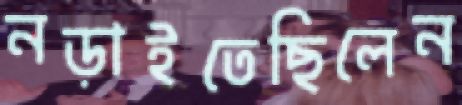
নড়াইতেছিলেন